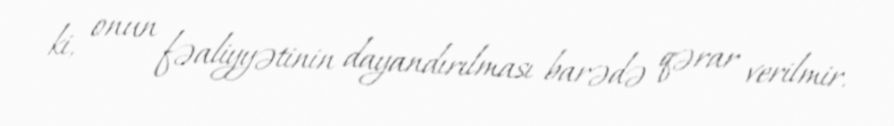
ki, onun fəaliyyətinin dayandırılması barədə qərar verilmir.